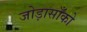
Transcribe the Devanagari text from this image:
जोड़ासाँको